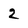
Character: 2